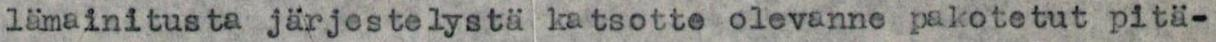
lämainitusta järjestelystä katsotte olevanne pakotetut pitä-